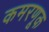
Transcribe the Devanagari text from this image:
कमरणूक